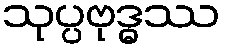
သုပ္ပဗုဒ္ဓဿ